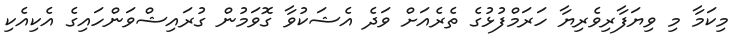
މިކަމާ މި ވިޔަފާރިވެރިޔާ ހަރަމްފުޅުގެ ތެރެއަށް ވަދެ އެޝަކުވާ ގޮވަމުން ގުރައިޝްވަންހައިގެ އެކިއެކި